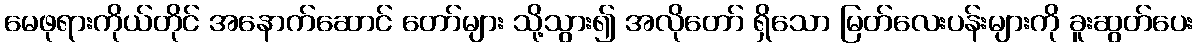
မေဖုရားကိုယ်တိုင် အနောက်ဆောင် တော်များ သို့သွား၍ အလိုတော် ရှိသော မြတ်လေးပန်းများကို ခူးဆွတ်ပေး